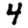
Digit: 4